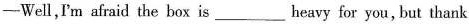
—Well，I'm afraid the box is___heavy for you, but thank